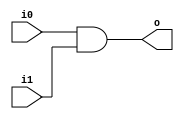
//KSA

module and2 (input wire i0, i1, output wire o);
	assign o = i0 & i1;
endmodule

module or2 (input wire i0, i1, output wire o);
	assign o = i0 | i1;
endmodule

module xor2 (input wire i0, i1, output wire o);
	assign o = i0 ^ i1;
endmodule

module xor3 (input wire i0, i1, i2, output wire o);
	wire temp;
	xor2 xor2_0 (i0, i1, temp);
	xor2 xor2_1 (i2, temp, o);
endmodule

module prop_gen(input wire x,y, output wire p,g);
	or2 o(x,y,p);
	and2 a(x,y,g);
endmodule

module carry(input wire p1,p0,g1,g0, output wire p, g);
	wire t;
	and2 a1(p1,p0,p);
	and2 a2(p1,g0,t);
	or2 o2(t,g1,g);
endmodule

module sum(input wire x, y, g, output wire s);
	xor3 x3(x,y,g,s);
endmodule

module KSA_8b (input wire [3:0] a,b, input wire cin, output wire [3:0] S);
	wire p[3:0],g[3:0];
	wire cp[3:0],cg[3:0];
	wire cp1, cg2, cp3, cg4;

	prop_gen p_0(a[0],b[0],p[0],g[0]);
	prop_gen p_1(a[1],b[1],p[1],g[1]);
	prop_gen p_2(a[2],b[2],p[2],g[2]);
	prop_gen p_3(a[3],b[3],p[3],g[3]);
	

	assign cp[0] = 1'b0;
	assign cg[0] = 1'b0;

	carry c0(p[0],1'b0,g[0],cin,cp[1],cg[1]);
	carry c1(p[1],cp[1],g[1],cg[1],cp[2],cg[2]);
	carry c2(cp2,cp[1],cg2,cg[1],cp[3],cg[3]);
	
	sum s0(a[0],b[0],cin,S[0]);
	sum s1(a[1],b[1],cg[1],S[1]);
	sum s2(a[2],b[2],cg[2],S[2]);
	sum s3(a[3],b[3],cg[3],S[3]);
	
endmodule